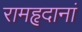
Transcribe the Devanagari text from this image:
रामहृदानां